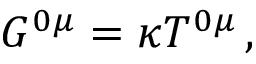
G ^ { 0 \mu } = \kappa T ^ { 0 \mu } \, ,